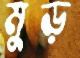
মুড়